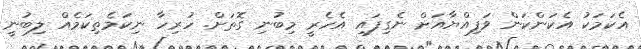
އެކަމަކު އެކަންކަން ވަފިއްޔާއަށް ނެގިފައި އެހެރީ މިބުނި ގޮތަށް. ހުރިހާ ނިކަމެތިކަމެއް ލިބުނީ